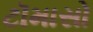
ટૉમાસો